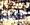
أنت